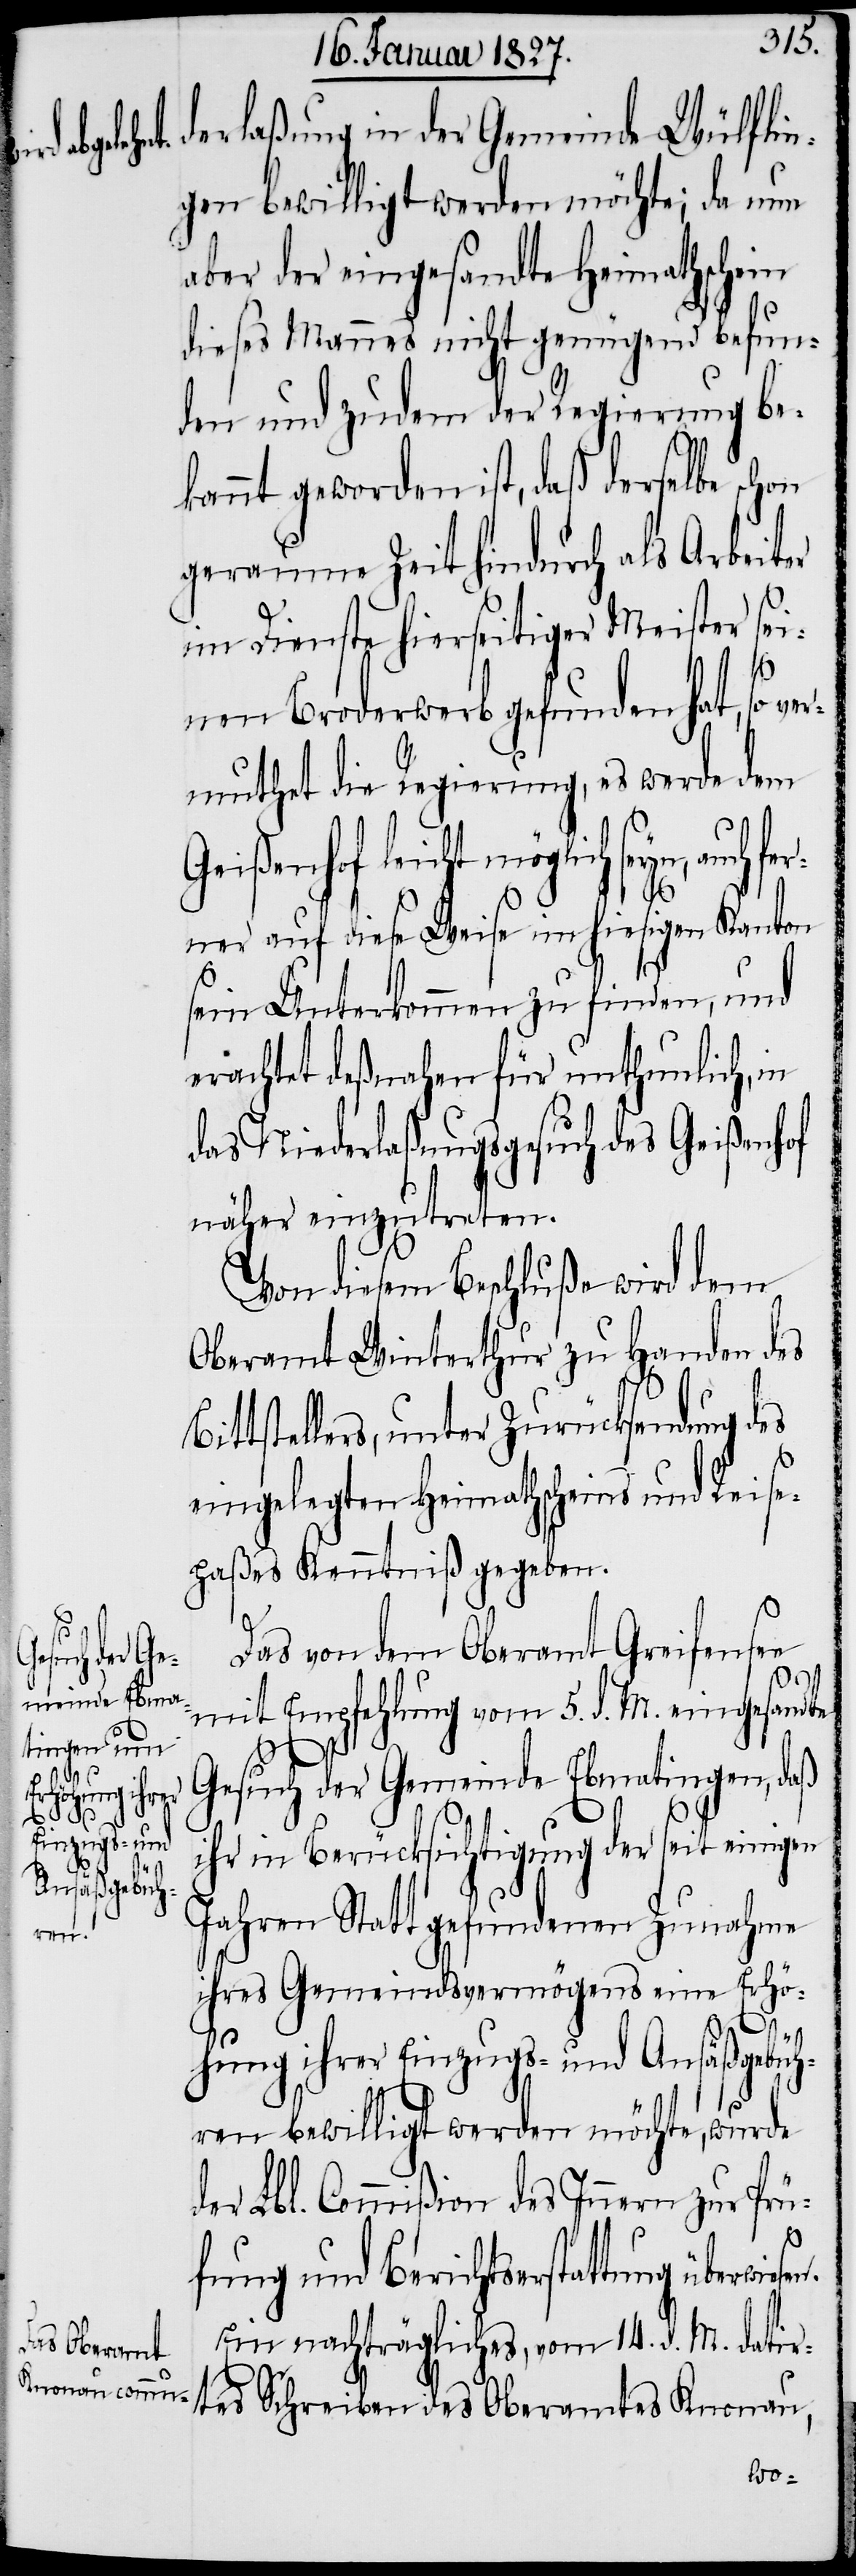
fer¬
sen.

derlaßung in der Gemeinde Wülflin¬
gen bewilligt werden möchte; da nun
aber der eingesandte Heimathschein
dieses Mannes nicht genügend befun¬
den und zudem der Regierung be¬
kannt geworden ist, daß derselbe schon
geraume Zeit hindurch als Arbeiter
im Dienste hierseitiger Meister sei¬
nen Broderwerb gefunden hat, so
muthet die Regierung, es werde dem
Geißenhof leicht mögli¬
ner auf diese Weise im hiesigen Kanton
sein Unterkommen zu finden, und
erachtet deßnahen für unthunlich, in
das Niederlaßungsgesuch des Geißenhof
näher einzutreten.
Von diesem Beschluße wird dem
Oberamt Winterthur zu Handen des
ttstellers, unter Zurücksendung des
eingelegten Heimathscheins und Reise¬
paßes Kenntniß gegeben.
Das von dem Oberamt Greifensee
mit Empfehlung vom 5. d. M. eingesandte
ch
Gesuch der Gemeinde Ebmatingen, daß
ihr in Berücksichtigung der seit einigen
Jahren Statt gefundenen Zunahme
ihres Gemeindsvermögens eine Erhö¬
auch
hung ihrer Einzugs- und Ansäßgebüh¬
ren bewilligt werden möchte, wurde
der Lbl. Commißion des Innern zur Prü¬
fung und Berichtserstattung überwie¬
Ein nachträgliches, vom 14. d. M. datir¬
tes Schreiben des Oberamtes Knonau,
Bi¬